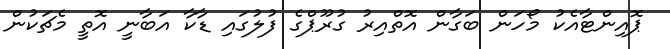
ޕޮއިންޓާއެކު މޯހަން ބަގާން އޮތްއިރު ގުރޫޕްގެ ފުލުގައި ޑާކާ އަބާނީ އޮތީ މެޗަކުން